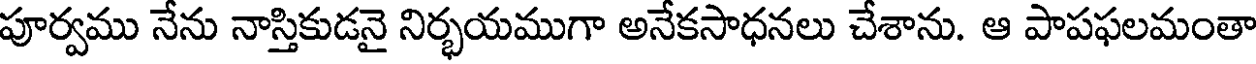
పూర్వము నేను నాస్తికుడనై నిర్భయముగా అనేకసాధనలు చేశాను. ఆ పాపఫలమంతా